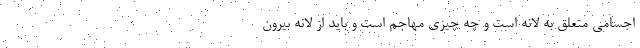
اجسامی متعلق به لانه است و چه چیزی مهاجم است و باید از لانه بیرون